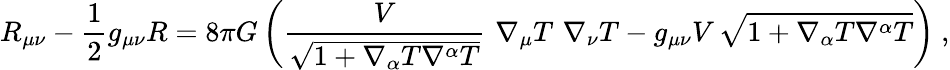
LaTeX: R_{\mu\nu}-\frac{1}{2}g_{\mu\nu}R=8\pi G\left(\frac{V}{\sqrt{1+\nabla_{\alpha}T\nabla^{\alpha}T}}\, \, \nabla_{\mu}T\, \, \nabla_{\nu}T-g_{\mu\nu}V\, \sqrt{1+\nabla_{\alpha}T\nabla^{\alpha}T}\right)\ ,